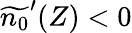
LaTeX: \widetilde{n_{0}}^{\prime}(Z)<0